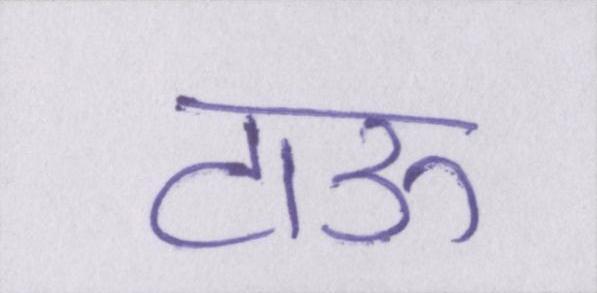
टाऊ